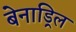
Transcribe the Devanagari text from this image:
बेनाड्रिल